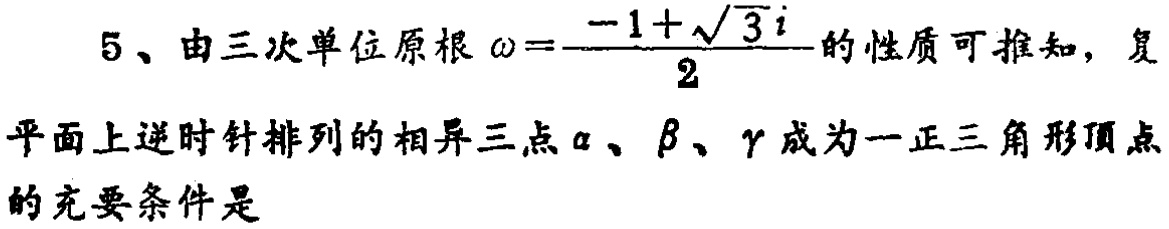
5、由三次单位原根\(\omega = \frac{-1 + \sqrt{3}i}{2}\)的性质可推知，复平面上逆时针排列的相异三点\(\alpha\)、\(\beta\)、\(\gamma\)成为一正三角形顶点的充要条件是